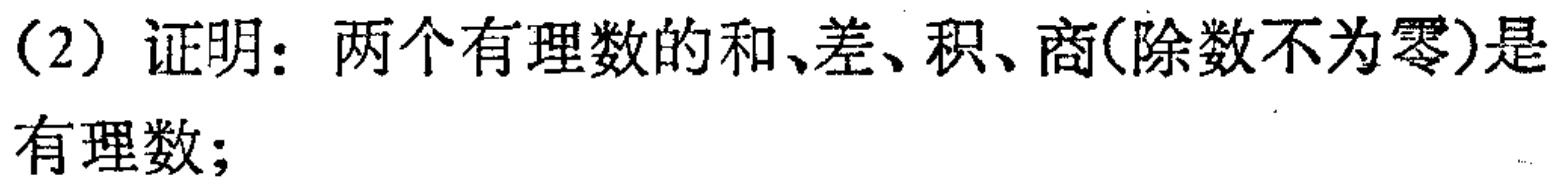
(2) 证明：两个有理数的和、差、积、商(除数不为零)是有理数；